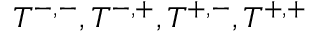
T ^ { - , - } , T ^ { - , + } , T ^ { + , - } , T ^ { + , + }